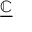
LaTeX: \underline { { \mathbb { C } } }